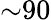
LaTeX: {\sim}90